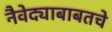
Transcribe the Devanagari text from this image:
नैवेद्याबाबतचे